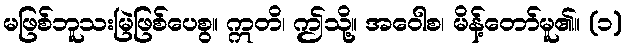
မဖြစ်ဘူသးမြဲဖြစ်ပေစွ။ ဣတိ၊ ဤသို့။ အဝေါစ၊ မိန့်တော်မူ၏။ (၁)